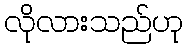
လိုလားသည်ဟု